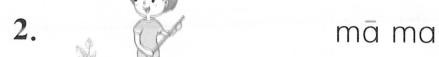
2. mā ma